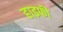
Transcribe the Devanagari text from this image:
हाइफी